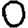
Digit: 0